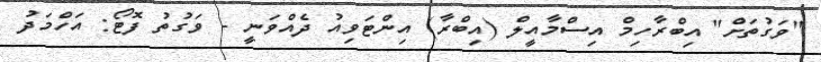
"ވަގުތަށް" އިބްރާހިމް އިސްމާއީލް (އިބްރާ) އިންޓަވިއު ދެއްވަނީ - ވަގުތު ފޮޓޯ: އަހްމަދު